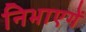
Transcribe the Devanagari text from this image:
निभाएगें